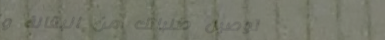
توصيل طلباتك من البقالة و